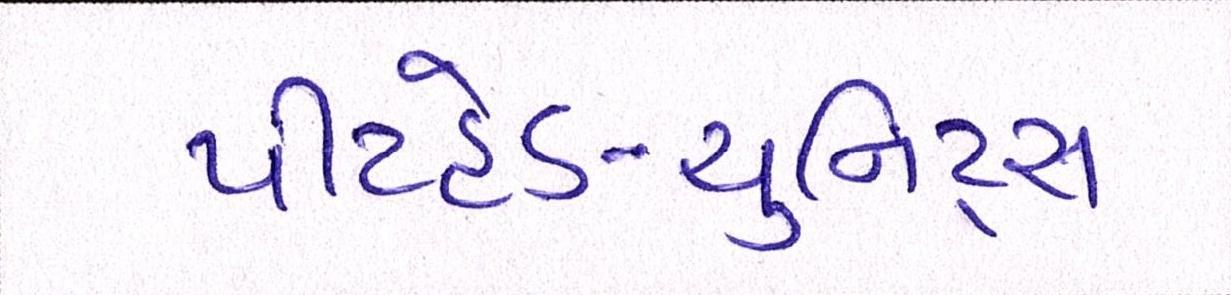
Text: પીટહેડ-યુનિટ્સ